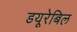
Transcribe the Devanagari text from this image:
डयूरेबिल